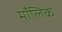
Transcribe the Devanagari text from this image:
माँलिक